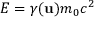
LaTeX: E = \gamma ( \mathbf { u } ) m _ { 0 } c ^ { 2 }